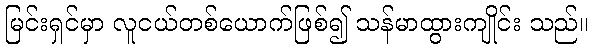
မြင်းရှင်မှာ လူငယ်တစ်ယောက်ဖြစ်၍ သန်မာထွားကျိုင်း သည်။